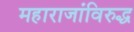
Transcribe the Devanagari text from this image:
महाराजांविरुद्ध